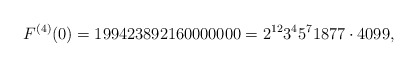
\begin{align*}F^{(4)}(0)=199423892160000000=2^{12}3^{4}5^{7}1877\cdot 4099,\end{align*}